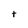
Character: t